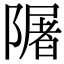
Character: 𨼑